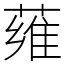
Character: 䔨